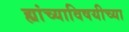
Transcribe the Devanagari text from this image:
ह्यांच्याविषयीच्या